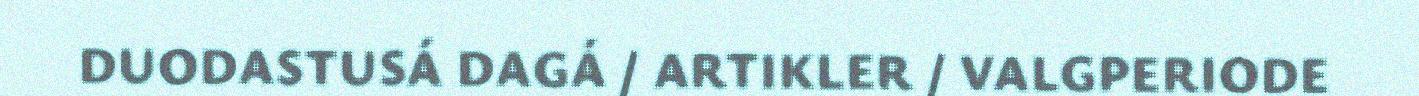
DUODASTUSÁ DAGÁ / ARTIKLER / VALGPERIODE